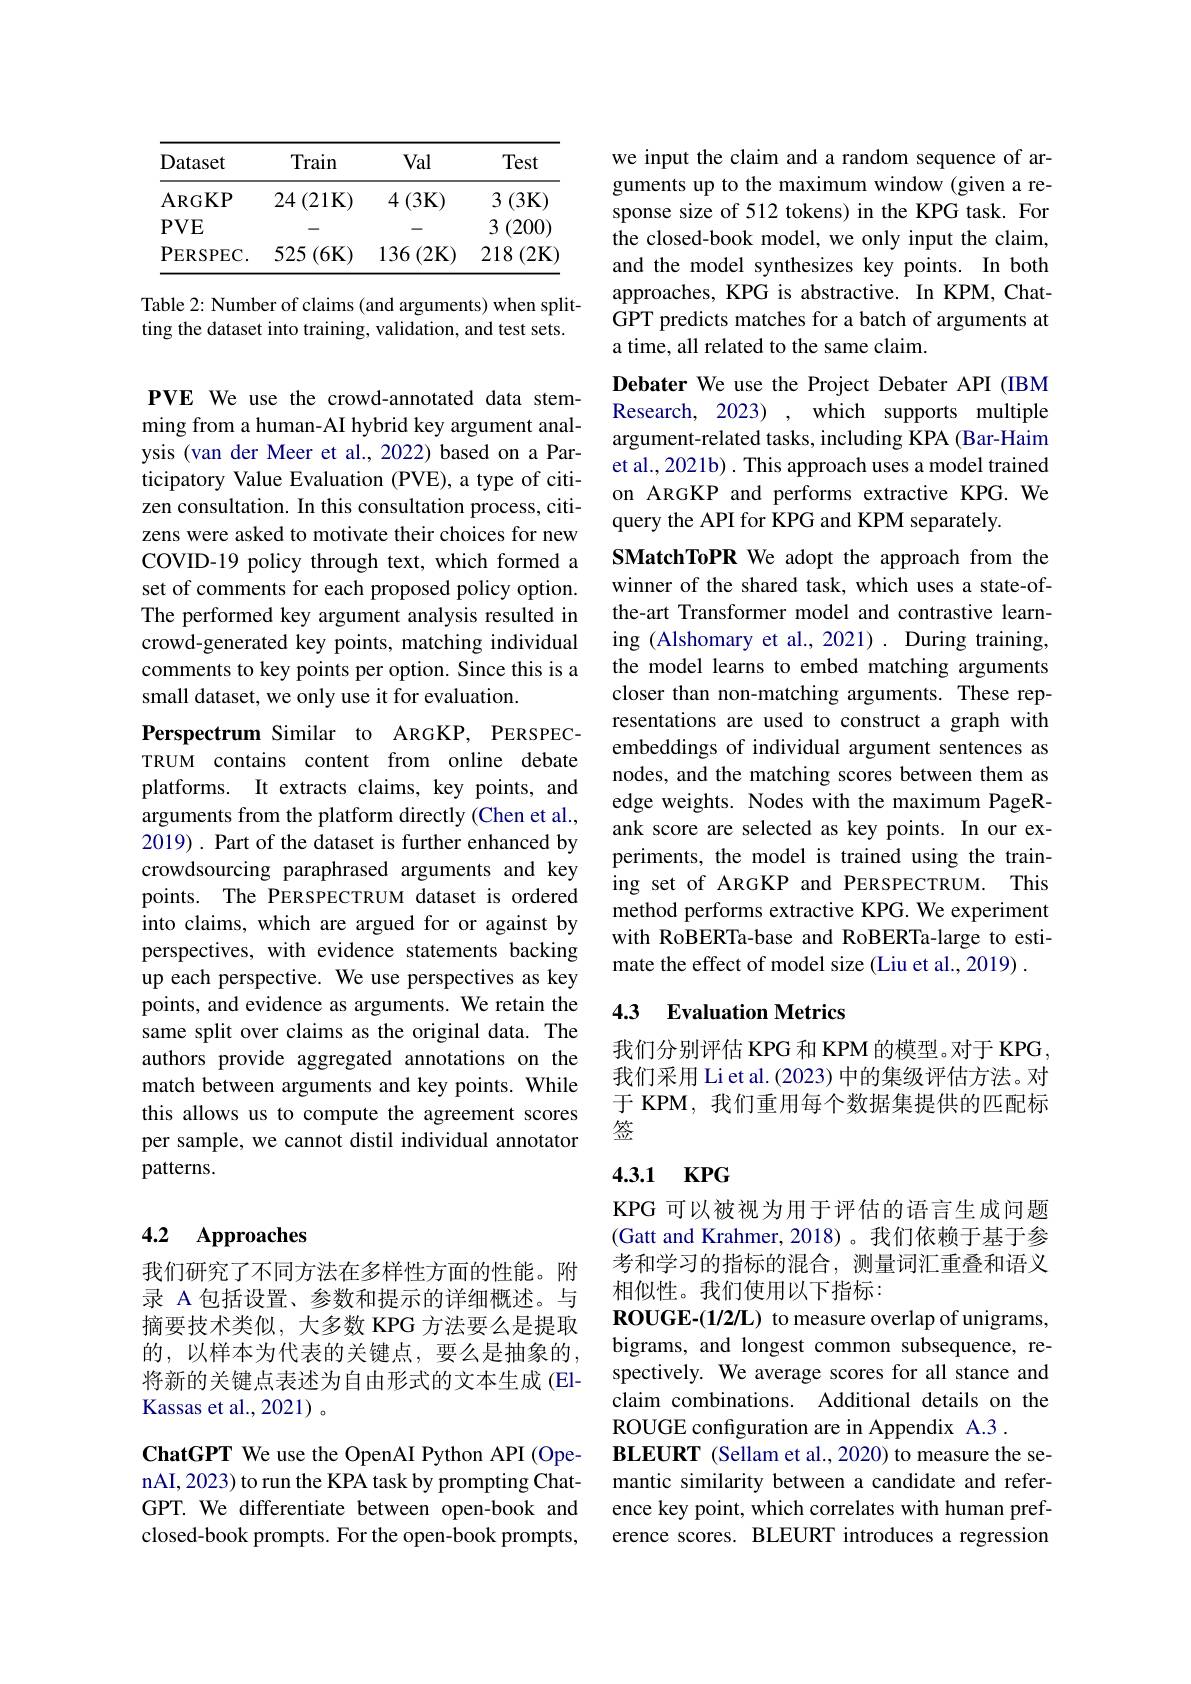
<table>
	<tbody>
		<tr>
			<th>Dataset</th>
			<th>Train</th>
			<th>Val</th>
			<th>Test</th>
		</tr>
		<tr>
			<td>ARGKP</td>
			<td>$24\left(21\mathbf{K}\right)$</td>
			<td>$4\left(3\mathbf{K}\right)$</td>
			<td>3 (3K)</td>
		</tr>
		<tr>
			<td>PERSPEC.</td>
			<td>525 (6K)</td>
			<td>136 $5\left(2\mathbf{K}\right.$ 1</td>
			<td>218 $(2\mathbf{K}$</td>
		</tr>
	</tbody>
</table>

Table 2: Number of claims (and arguments) when splitting the dataset into training, validation, and test sets.

PVE We use the crowd-annotated data stemming from a human-AI hybrid key argument analysis (van der Meer et al., 2022) based on a Participatory Value Evaluation (PVE), a type of citizen consultation. In this consultation process, citizens were asked to motivate their choices for new COVID-19 policy through text, which formed a set of comments for each proposed policy option. The performed key argument analysis resulted in crowd-generated key points, matching individual comments to key points per option. Since this is a small dataset, we only use it for evaluation.
Perspectrum Similar to ARGKP, PERSPECTRUM contains content from online debate platforms. It extracts claims, key points, and arguments from the platform directly (Chen et al., 2019). Part of the dataset is further enhanced by crowdsourcing paraphrased arguments and key points. The PERSPECTRUM dataset is ordered into claims, which are argued for or against by perspectives, with evidence up each perspective. We use perspectives as key points, and evidence as arguments. We retain the same split over claims as the original data. The authors provide aggregated annotations on the match between arguments and this allows us to compute the agreement scores per sample, we cannot distil individual annotator patterns.

### 4.2 Approaches

我们研究了不同方法在多样性方面的性能。附录 A 包括设置、参数和提示的详细概述。与摘要技术类似，大多数 KPG 方法要么是提取的，以样本为代表的关键点，要么是抽象的， 将新的关键点表述为自由形式的文本生成(ElKassas et al.,2021)。

ChatGPT We use the OpenAI Python API (OpenAI, 2023) to run the KPA task by prompting ChatGPT. We differentiate between open-book and closed-book prompts. For the open-book prompts,

we input the claim and a random sequence of arguments up to the maximum wi sponse size of 512 tokens) in the KPG task. For the closed-book model, we only input the claim, and the model synthesizes key points. In both approaches, KPG is abstractive. In KPM, ChatGPT predicts matches for a batch of arguments at a time, all related to the same claim.

Debater We use the Project Debater API (IBM Research, 2023) , which supports multiple argument-related tasks, including KPA (Bar-Haim et al., 2021b) . This approa on ARGKP and performs extractive KPG.We query the API for KPG and KPM separately.
SMatchToPR We adopt the approach from the winner of the shared task, which uses a state-ofthe-art Transformer model and contrastive learning (Alshomary et al., 2021) the model learns to embed matching arguments closer than non-matching arguments. These representations are used to construct a graph with embeddings of individual argument sentences as nodes, and the matching scores between them as edge weights. Nodes with the maximum PageRank score are selected as key points. In our experiments, the model is trained using the training set of ARGKP and PERSPECTRUM. This method performs extractive KPG. We experiment with RoBERTa-base and RoBERT mate the effect of model size (Liu et al., 2019) .
4.3 Evaluation Metrics

我们分别评估 KPG 和 KPM 的模型。对于 KPG, 我们采用 Li et al. (2023) 中的集级评估方法。对于 KPM, 我们重用每个数据集提供的匹配标签

# 4.3.1 KPG

KPG 可以被视为用于评估的语言生成问题(Gatt and Krahmer, 2018)。我们依赖于基于参考和学习的指标的混合，测量词汇重叠和语义相似性。我们使用以下指标：
ROUGE-(1/2/L) to measure overlap of unigrams, bigrams, and longest common subsequence, respectively. We average scores for all stance and claim combinations. Additional details on the ROUGE configuration are in Appendix A.3 .
BLEURT (Sellam et al., 2020) to measure the semantic similarity between a candidate and reference key point, which correlates with human preference scores. BLEURT introduces a regression